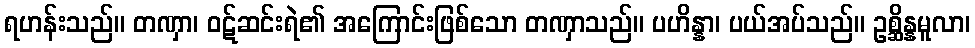
ရဟန်းသည်။ တဏှာ၊ ဝဋ်ဆင်းရဲ၏ အကြောင်းဖြစ်သော တဏှာသည်။ ပဟိန္နာ၊ ပယ်အပ်သည်။ ဥစ္ဆိန္နမူလာ၊